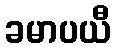
ခမာပယီ